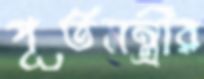
পূর্তমন্ত্রীর